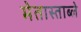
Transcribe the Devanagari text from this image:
मेतास्ताब्ले